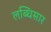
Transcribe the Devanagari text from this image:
लब्धिसार